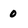
Character: 0